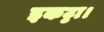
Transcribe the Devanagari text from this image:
इकट्ठा।